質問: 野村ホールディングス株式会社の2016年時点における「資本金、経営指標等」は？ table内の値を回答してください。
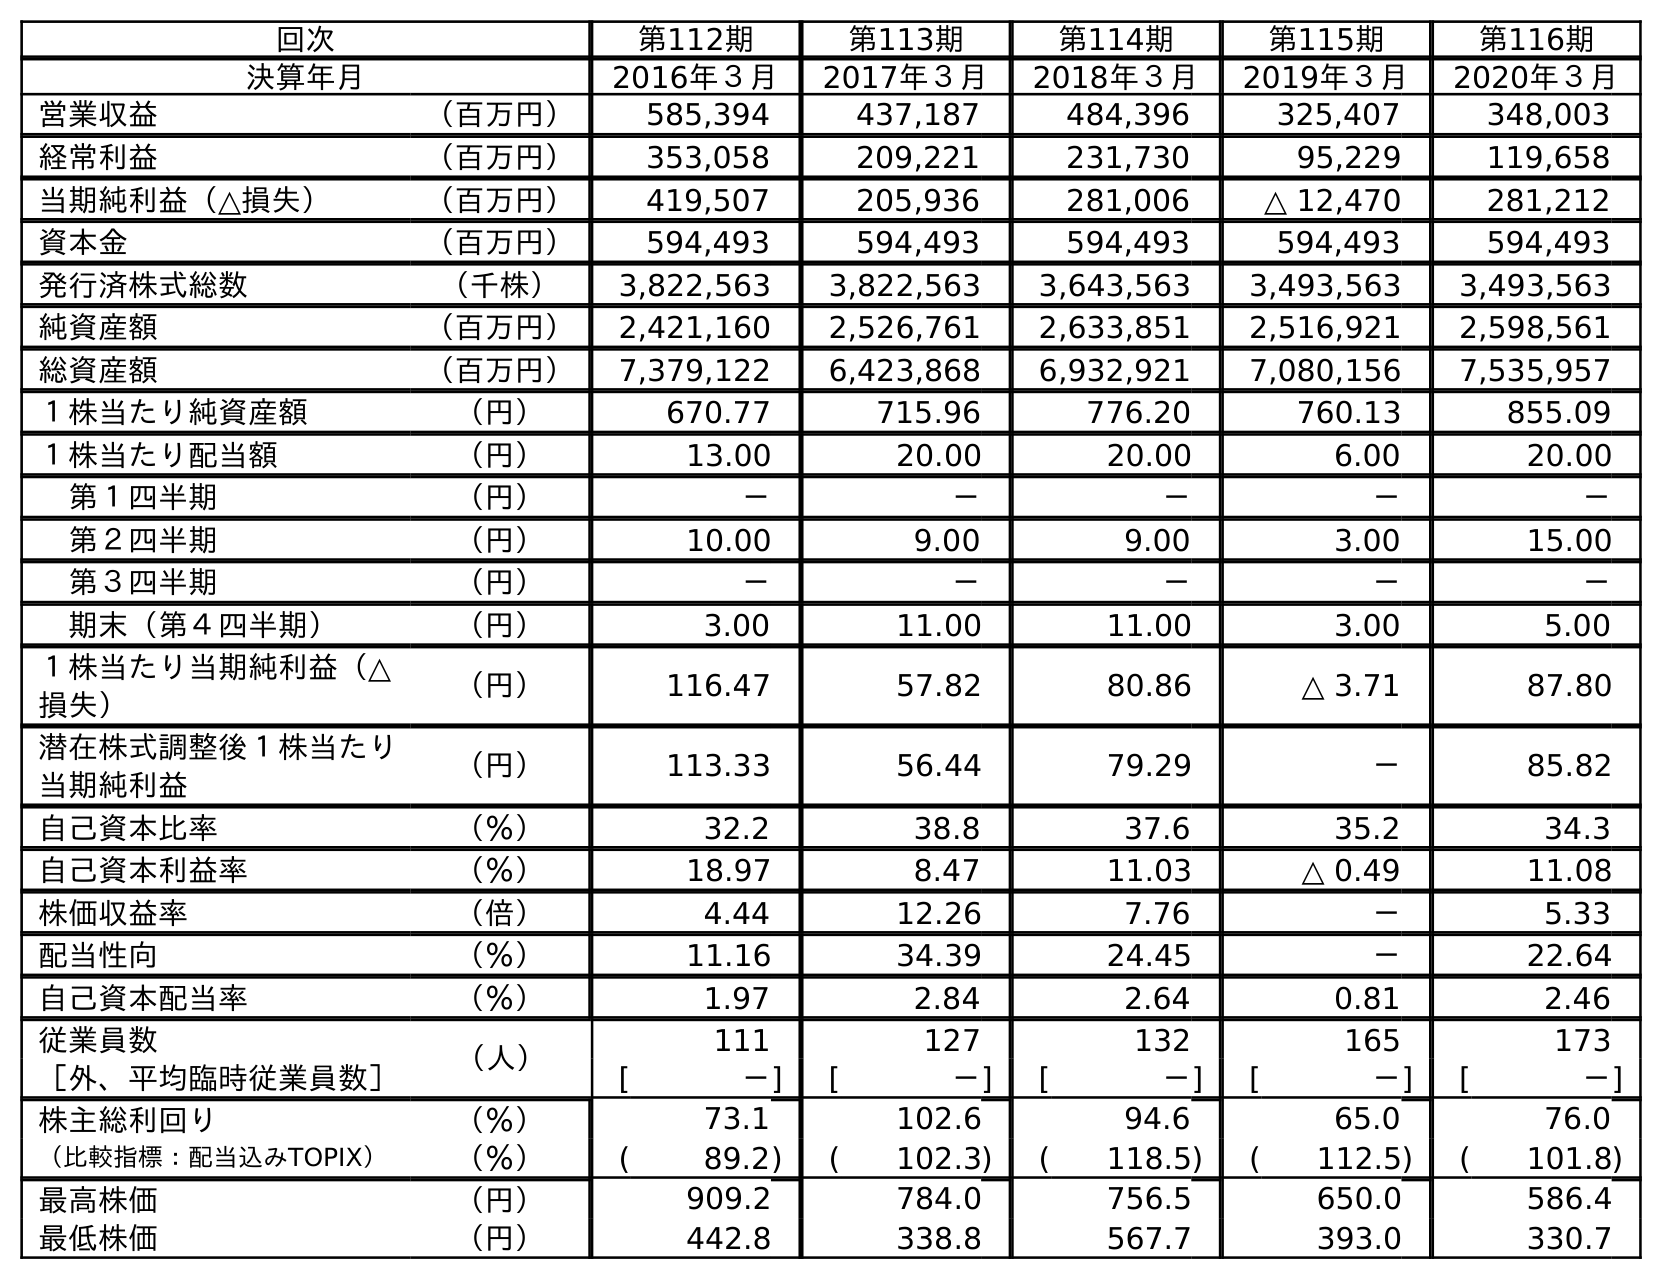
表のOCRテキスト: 回次 第112期 第113期 第114期 第115期 第116期 決算年月 2016年３月 2017年３月 2018年３月 2019年３月 2020年３月 営業収益 （百万円） 585,394 437,187 484,396 325,407 348,003 経常利益 （百万円） 353,058 209,221 231,730 95,229 119,658 当期純利益（△損失） （百万円） 419,507 205,936 281,006 △ 12,470 281,212 資本金 （百万円） 594,493 594,493 594,493 594,493 594,493 発行済株式総数 （千株） 3,822,563 3,822,563 3,643,563 3,493,563 3,493,563 純資産額 （百万円） 2,421,160 2,526,761 2,633,851 2,516,921 2,598,561 総資産額 （百万円） 7,379,122 6,423,868 6,932,921 7,080,156 7,535,957 １株当たり純資産額 （円） 670.77 715.96 776.20 760.13 855.09 １株当たり配当額 （円） 13.00 20.00 20.00 6.00 20.00 第１四半期 （円） － － － － － 第２四半期 （円） 10.00 9.00 9.00 3.00 15.00 第３四半期 （円） － － － － － 期末（第４四半期） （円） 3.00 11.00 11.00 3.00 5.00 １株当たり当期純利益（△ 損失） （円） 116.47 57.82 80.86 △ 3.71 87.80 潜在株式調整後１株当たり 当期純利益 （円） 113.33 56.44 79.29 － 85.82 自己資本比率 （％） 32.2 38.8 37.6 35.2 34.3 自己資本利益率 （％） 18.97 8.47 11.03 △ 0.49 11.08 株価収益率 （倍） 4.44 12.26 7.76 － 5.33 配当性向 （％） 11.16 34.39 24.45 － 22.64 自己資本配当率 （％） 1.97 2.84 2.64 0.81 2.46 従業員数 （人） 111 127 132 165 173 ［外、平均臨時従業員数］ [ －] [ －] [ －] [ －] [ －] 株主総利回り （％） 73.1 102.6 94.6 65.0 76.0 （比較指標：配当込みTOPIX） （％） ( 89.2) ( 102.3) ( 118.5) ( 112.5) ( 101.8) 最高株価 （円） 909.2 784.0 756.5 650.0 586.4 最低株価 （円） 442.8 338.8 567.7 393.0 330.7
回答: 594,493